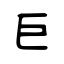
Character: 巨